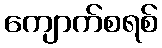
ကျောက်စရစ်